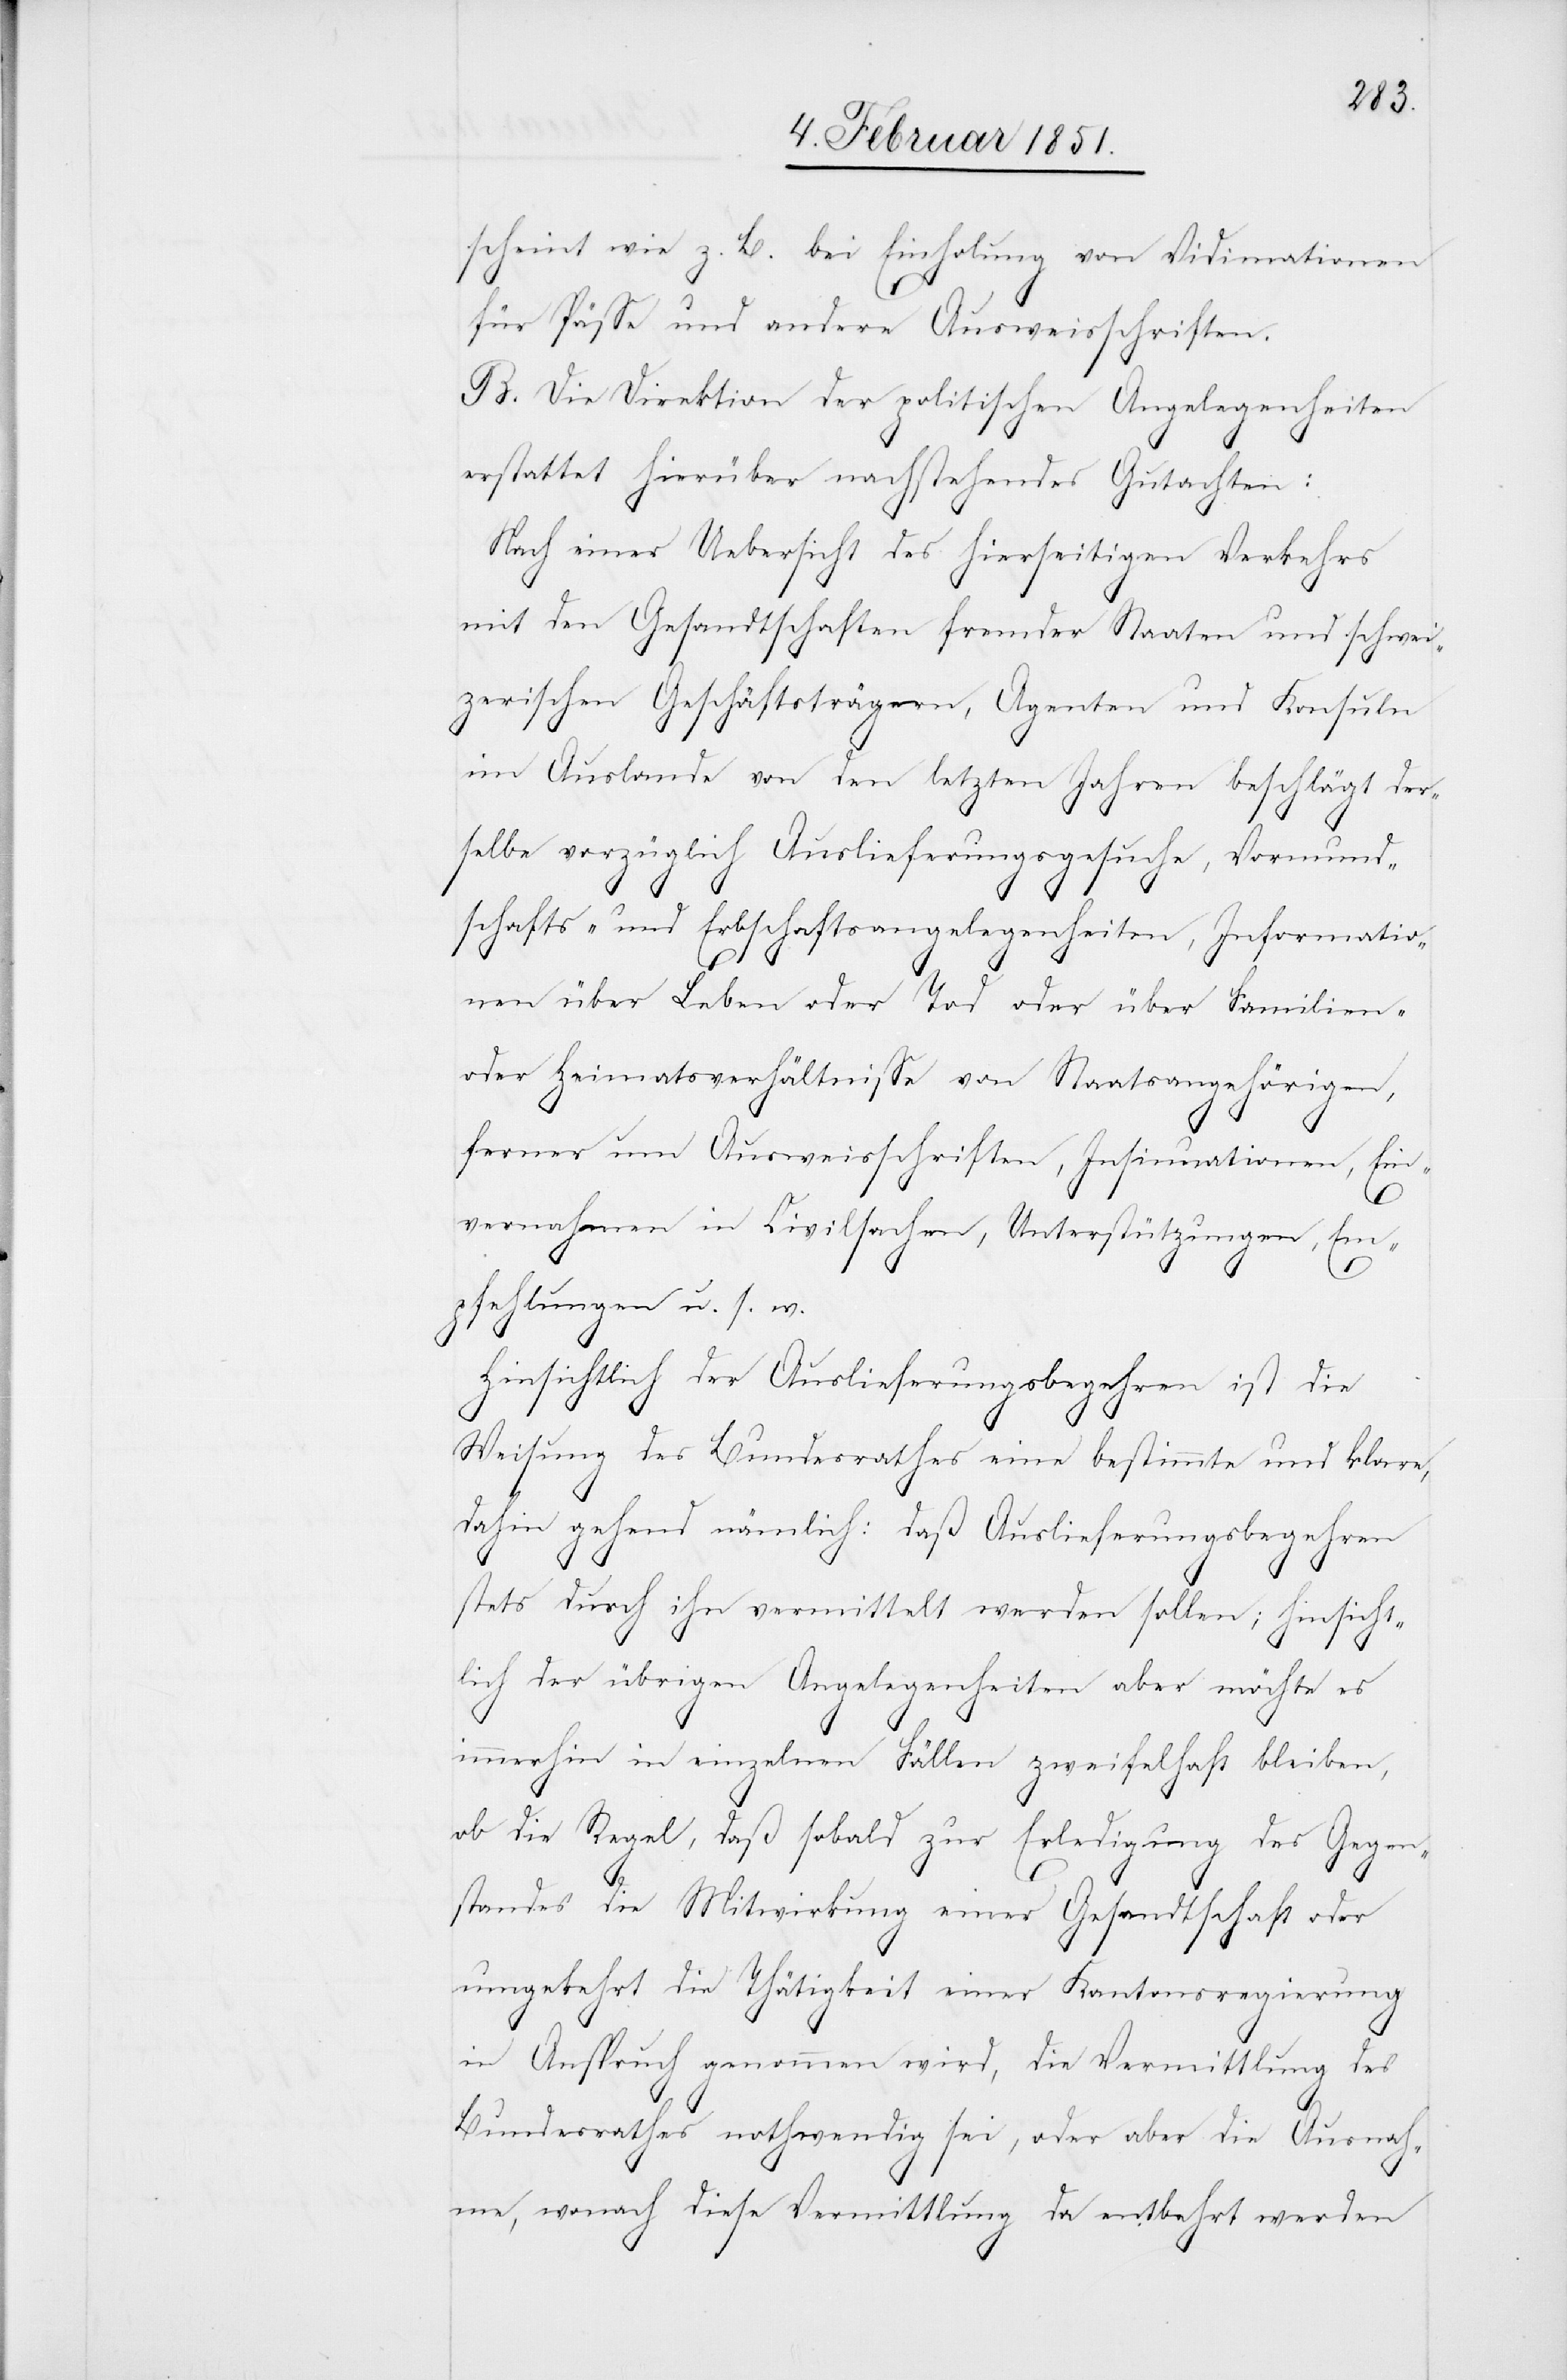
scheint wie z. B. bei Einholung von Vidimationen
für Pässe und andere Ausweisschriften.
B. Die Direktion der politischen Angelegenheiten
erstattet hierüber nachstehendes Gutachten:
Nach einer Uebersicht des hierseitigen Verkehrs
mit den Gesandtschaften fremder Staaten und schwei¬
zerischen Geschäftsträgern, Agenten und Konsuln
im Auslande von den letzten Jahren beschlägt der¬
selbe vorzüglich Auslieferungsgesuche, Vormund¬
schafts- und Erbschaftsangelegenheiten, Informatio¬
nen über Leben oder Tod oder über Familien-
oder Heimatsverhältnisse von Staatsangehörigen,
ferner um Ausweisschriften, Insinuationen, Ein¬
vernahmen in Civilsachen, Unterstützungen, Em¬
pfehlungen u. s. w.
Hinsichtlich der Auslieferungsbegehren ist die
Weisung des Bundesrathes eine bestimmte und klare,
dahin gehend nämlich: daß Auslieferungsbegehren
stets durch ihn vermittelt werden sollen; hinsicht¬
lich der übrigen Angelegenheiten aber möchte es
immerhin in einzelnen Fällen zweifelhaft bleiben,
ob die Regel, daß sobald zur Erledigung des Gegen¬
standes die Mitwirkung einer Gesandtschaft oder
umgekehrt die Thätigkeit einer Kantonsregierung
in Anspruch genommen wird, die Vermittlung des
Bundesrathes nothwendig sei, oder aber die Ausnah¬
me, wonach diese Vermittlung da entbehrt werden